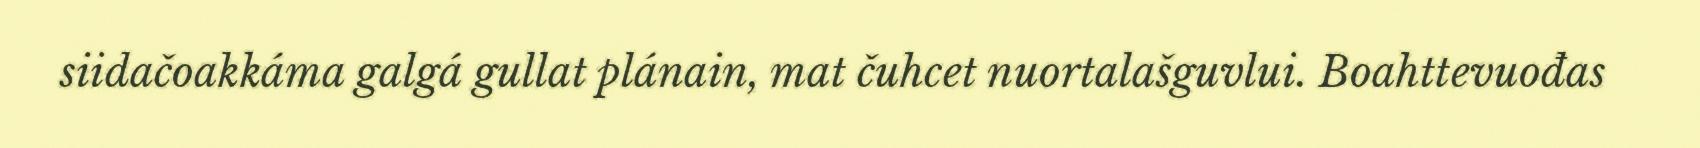
siidačoakkáma galgá gullat plánain, mat čuhcet nuortalašguvlui. Boahttevuođas